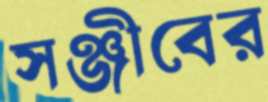
সঞ্জীবের